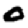
Digit: 0